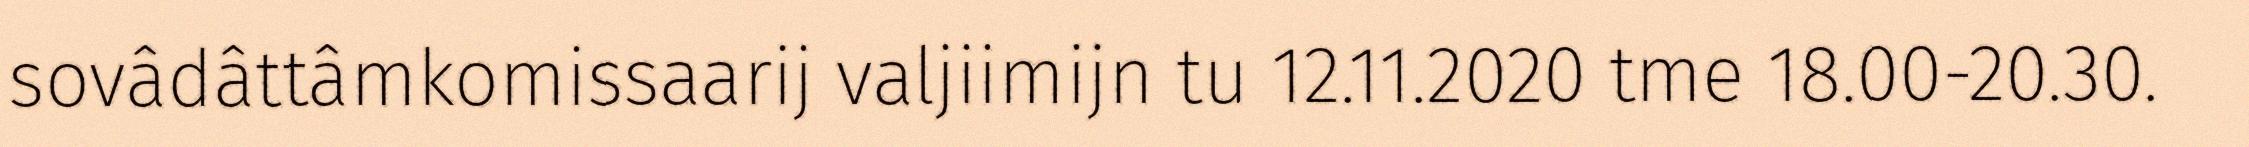
sovâdâttâmkomissaarij valjiimijn tu 12.11.2020 tme 18.00-20.30.